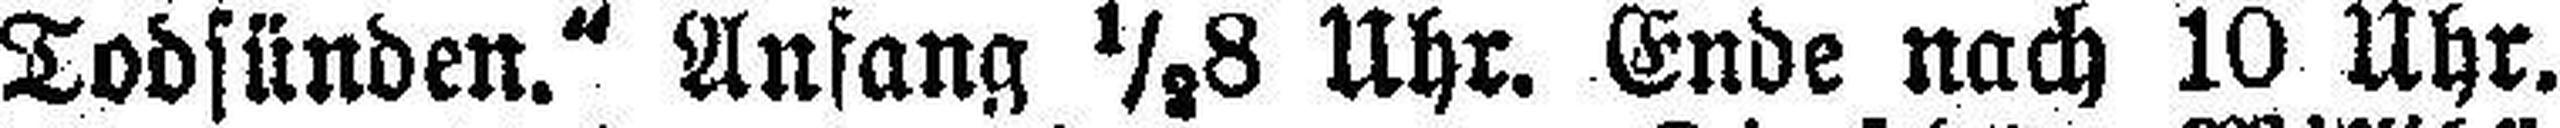
Todsünden.“ Anfang ½8 Uhr. Ende nach 10 Uhr.